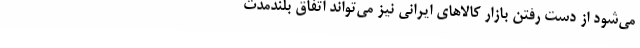
می‌شود از دست رفتن بازار کالاهای ایرانی نیز می‌تواند اتفاق بلندمدت